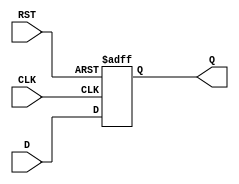
module synchronous_register (
    input wire [N-1:0] D,    // Data input
    input wire CLK,           // Clock input
    input wire RST,           // Reset input
    output reg [N-1:0] Q      // Data output
);
    parameter N = 8;          // Width of the register (can be adjusted)

    // Always block triggered on the rising edge of the clock or the reset signal
    always @(posedge CLK or posedge RST) begin
        if (RST) begin
            Q <= {N{1'b0}};    // Reset output to zero
        end else begin
            Q <= D;            // Capture data on clock edge
        end
    end
endmodule